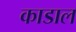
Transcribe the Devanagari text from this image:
काडाल